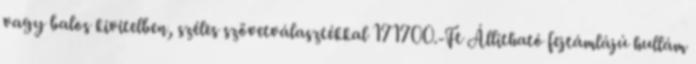
vagy balos kivitelben, széles szövetválasztékkal 171700.-Ft Állítható fejtámlájú hullám